Report on horse surra - Volume II, Part II
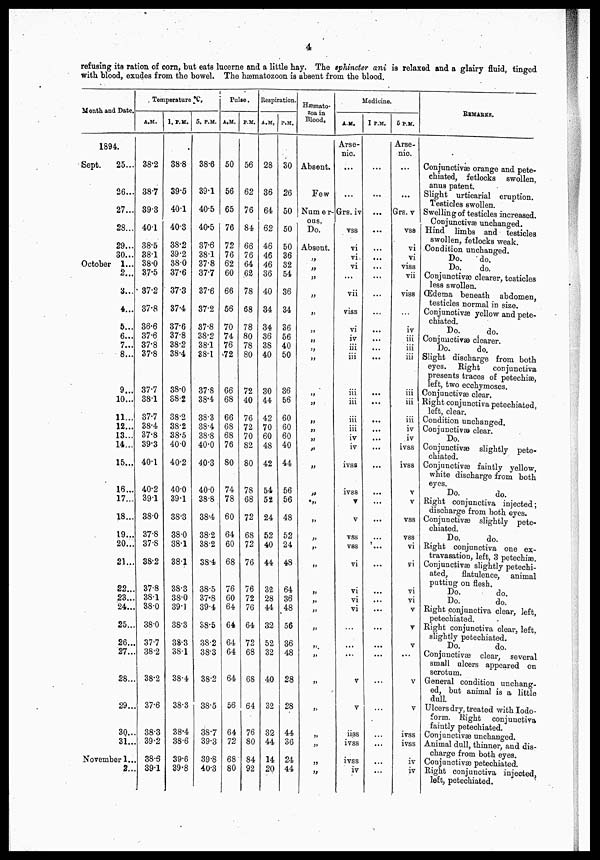
4
refusing its ration of corn, but eats lucerne and a little hay. The sphincter ani is relaxed and a glairy fluid, tinged
with blood, exudes from the bowel. The hæmatozoon is absent from the blood.
Month and Date.
1894.
Sept.
25...
26...
27...
28...
29...
30...
October
1...
2...
3...
4...
5...
6...
7...
8...
9...
10...
11...
12...
13...
14...
15...
16...
17...
18...
19...
20...
21...
22...
23...
24...
25...
26...
27...
28...
29...
30...
31...
November 1...
2...
Temperature *C
A.M.
38.2
38.7
39.3
40.1
38.5
38.1
38.0
37.5
37.2
37.8
36.6
37.6
37.8
37.8
37.7
38.1
37.7
38.4
37.8
39.3
40.1
40.2
39.1
38.0
37.8
37.8
38.2
37.8
38.1
38.0
38.0
37.7
38.2
38.2
37.6
38.3
39.2
38.5
39.1
1. P.M.
38.8
39.5
40.1
40.3
38.2
39.2
38.0
37.6
37.3
37.4
37.6
37.8
38.2
38.4
38.0
38.2
38.2
38.2
38.5
40.0
40.2
40.0
39.1
38.3
38.0
38.1
38.1
38.3
38.0
39.1
38.3
38.3
38.1
38.4
38.3
38.4
38.6
39.6
39.8
5. P.M.
38.6
39.1
40.5
40.5
37.6
38.1
37.8
37.7
37.6
37.2
37.8
38.2
38.1
38.1
37.8
38.4
38.3
38.4
38.8
40.0
40.3
40.0
38.8
38.4
38.2
38.2
38.4
38.5
37.8
39.4
38.5
38.2
38.3
38.2
38.5
38.7
39.3
39.8
40.3
Pulse.
A.M.
50
56
65
76
72
76
62
60
66
56
70
74
76
72
66
68
66
68
68
76
80
74
78
60
64
60
68
76
60
64
64
64
64
64
56
64
72
68
80
P.M.
56
62
76
84
66
76
64
62
78
68
78
80
78
80
72
40
76
72
70
82
80
78
68
72
68
72
76
76
72
76
64
72
68
68
64
76
80
84
92
Respiration.
A.M.
28
36
64
62
46
46
46
36
40
34
34
36
38
40
30
44
42
70
60
48
42
54
52
24
52
40
44
32
28
44
32
52
32
40
32
32
44
14
20
P.M.
30
26
50
50
50
36
32
54
36
34
36
56
40
50
36
56
60
60
60
40
44
56
56
48
52
24
48
64
36
48
56
36
48
28
28
44
36
24
44
Hæmato-
zoa in
Blood.
Absent.
Few
Numer-
ous.
Do.
Absent.
„
„
„
„
„
„
„
„
„
„
„
„
„
„
„
„
„
„
„
„
„
„
„
„
„
„
„
„
„
„
„
„
„
„
Medicine.
A.M.
Arse-
nic.
...
...
Grs. iv
vss
vi
vi
vi
...
vii
viss
vi
iv
iii
iii
iii
iii
iii
iii
iv
iv
ivss
ivss
v
v
vss
vss
vi
vi
vi
vi
...
...
...
v
v
iiss
ivss
ivss
iv
1 P.M.
...
...
...
...
...
...
...
...
...
...
...
...
...
...
...
...
...
...
...
...
...
...
...
...
...
...
...
...
...
...
...
...
...
...
...
...
...
...
...
5 P.M.
Arse-
nic.
...
...
Grs. v
vss
vi
vi
viss
vii
viss
...
iv
iii
iii
iii
iii
iii
iii
iv
iv
ivss
ivss
v
v
vss
vss
vi
vi
vi
vi
v
v
v
...
v
v
ivss
ivss
iv
iv
REMARKS.
Conjunctivæ orange and pete-
chiated, fetlocks
swollen,
anus patent.
Slight urticarial eruption.
Testicles swollen.
Swelling of testicles increased.
Conjunctivæ unchanged.
Hind limbs and testicles
swollen, fetlocks weak.
Condition unchanged.
Do.
do.
Do.
do.
Conjunctivæ clearer, testicles
less swollen.
Œdema beneath
abdomen,
testicles normal in size.
Conjunctivæ yellow and pete-
chiated.
Do.
do.
Conjunctivæ clearer.
Do.
do.
Slight discharge from both
eyes.
Right
conjunctiva
presents traces of petechiæ,
left, two ecchymoses.
Conjunctivæ clear.
Right conjunctiva petechiated,
left, clear.
Condition unchanged.
Conjunctivæ clear.
Do.
Conjunctivæ
slightly pete-
chiated.
Conjunctivæ faintly yellow,
white discharge from both
eyes.
Do.
do.
Right conjunctiva injected;
discharge from both eyes.
Conjunctivæ slightly pete-
chiated.
Do.
do.
Right conjunctiva one ex-
travasation, left, 3 petechiæ.
Conjunctivæ slightly petechi-
ated,
flatulence,
animal
putting on flesh.
Do.
do.
Do.
do.
Right conjunctiva clear, left,
petechiated.
Right conjunctiva clear, left,
slightly petechiated.
Do.
do.
Conjunctivæ
clear,
several
small ulcers appeared on
scrotum.
General condition unchang-
ed, but animal is a little
dull.
Ulcers dry, treated with Iodo-
form. Right
conjunctiva
faintly petechiated.
Conjunctivæ unchanged.
Animal dull, thinner, and dis
charge from both eyes.
Conjunctivæ petechiated.
Right conjunctiva injected,
left, petechiated.